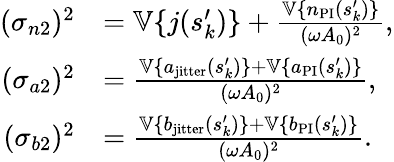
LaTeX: \begin{array}{rl}{(\sigma_{n2})^{2}}&{=\mathbb{V}\{ j(s_{k}^{\prime})\} +\frac{\mathbb{V}\{ n_{\mathrm{PI}}(s_{k}^{\prime})\} }{(\omega A_{0})^{2}},}\\ {(\sigma_{a2})^{2}}&{=\frac{\mathbb{V}\{ a_{\mathrm{jitter}}(s_{k}^{\prime})\} +\mathbb{V}\{ a_{\mathrm{PI}}(s_{k}^{\prime})\} }{(\omega A_{0})^{2}},}\\ {(\sigma_{b2})^{2}}&{=\frac{\mathbb{V}\{ b_{\mathrm{jitter}}(s_{k}^{\prime})\} +\mathbb{V}\{ b_{\mathrm{PI}}(s_{k}^{\prime})\} }{(\omega A_{0})^{2}}.}\end{array}